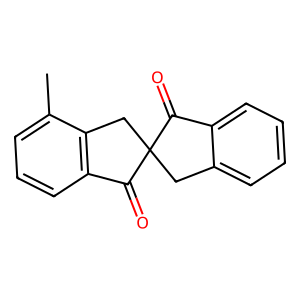
SMILES: Cc1cccc2c1CC1(Cc3ccccc3C1=O)C2=O
Inhibits HIV replication: No